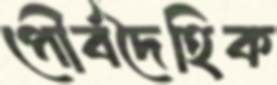
পৌর্বদৈহিক